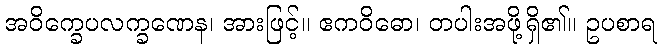
အဝိက္ခေပလက္ခဏေန၊ အားဖြင့်။ ဧကဝိဓော၊ တပါးအဖို့ရှိ၏။ ဥပစာရ